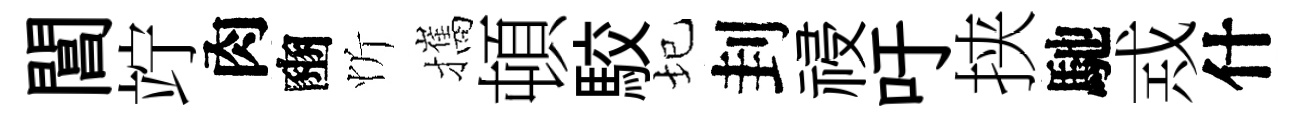
閶竚肉豳忻攜頓駮圮刲祲吁挟馳𢦶什